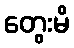
တွေးမိ